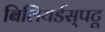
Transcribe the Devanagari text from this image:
बिलियर्डस्‌पटू